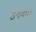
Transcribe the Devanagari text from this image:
उनका।